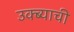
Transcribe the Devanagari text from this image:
उक्ब्याची